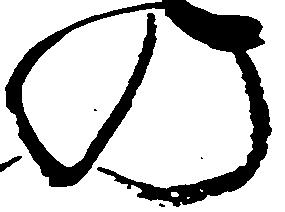
の